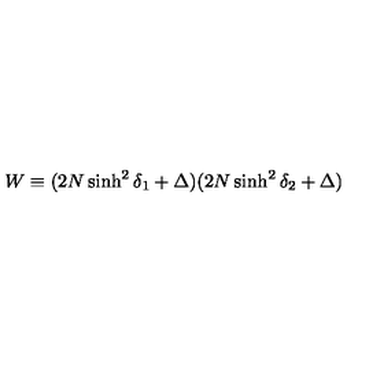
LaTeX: W \equiv ( 2 N \sinh ^ { 2 } \delta _ { 1 } + \Delta ) ( 2 N \sinh ^ { 2 } \delta _ { 2 } + \Delta )